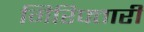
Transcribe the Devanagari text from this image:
गिरिफ्तारी